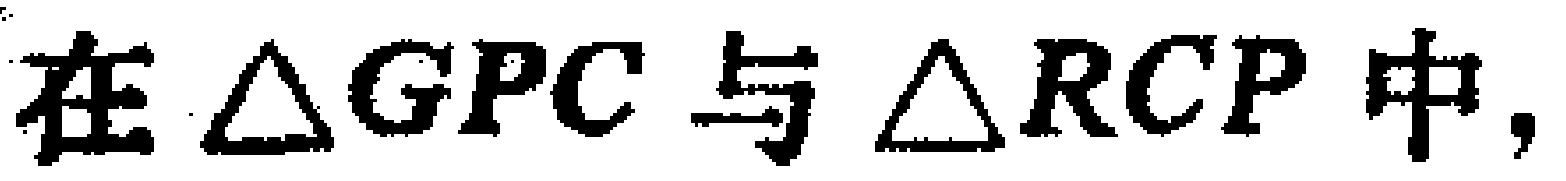
在$\triangle GPC$与$\triangle RCP$中，